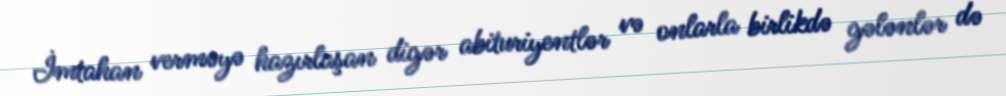
İmtahan verməyə hazırlaşan digər abituriyentlər və onlarla birlikdə gələnlər də